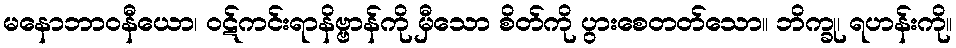
မနောဘာဝနီယော၊ ဝဋ်ကင်းရာနိဗ္ဗာန်ကို မှီသော စိတ်ကို ပွားစေတတ်သော။ ဘိက္ခု၊ ရဟန်းကို။